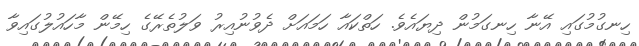
ހިނގުމުގައި އޭނާ ހިނގަމުން ދިޔައެވެ. ހަތްކައާ ހަމައަށް ދެވުނުއިރު ވަލުތެރޭގެ ހިމޭން މާހައުލުގައިވާ